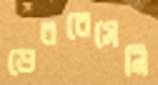
ডেবরেসেনি